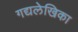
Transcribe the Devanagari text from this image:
गद्यलेखिका